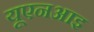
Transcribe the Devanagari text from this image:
यूएनआइ